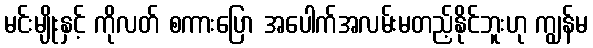
မင်းမျိုးနှင့် ကိုလတ် စကားပြော အပေါက်အလမ်းမတည့်နိုင်ဘူးဟု ကျွန်မ